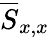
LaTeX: \overline{{S}}_{x,x}